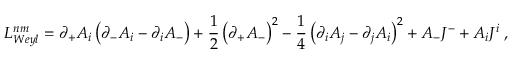
{ \cal L } _ { W e y l } ^ { n m } = \partial _ { + } { A } _ { i } \left( \partial _ { - } { A } _ { i } - \partial _ { i } A _ { - } \right) + \frac 1 2 \left( \partial _ { + } { A } _ { - } \right) ^ { 2 } - \frac 1 4 \left( \partial _ { i } { A } _ { j } - \partial _ { j } { A } _ { i } \right) ^ { 2 } + { A } _ { - } { J } ^ { - } + { A } _ { i } { J } ^ { i } \; ,